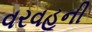
વરવહૂની